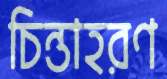
চিন্তাহরণ